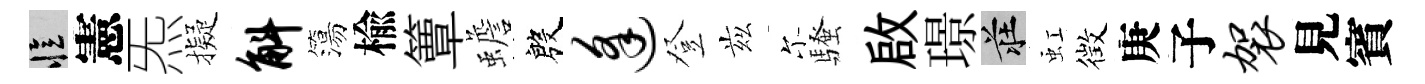
忆憲炁擬斛簜楡簟蟾殷逢登兹尓騷啟璟莊虹徴庚子袈見賓